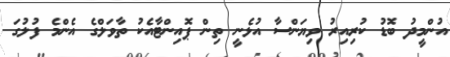
އުންމީދު ބޮޑު ކުރިއިރު ވިޔަންސާ އުޅެނީ ތިން ޕޮއިންޓާއެކު ތާވަލްގެ އެންމެ ފުލުގަ